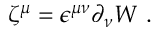
\zeta ^ { \mu } = \epsilon ^ { \mu \nu } \partial _ { \nu } { W } ~ .